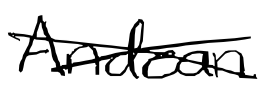
Text: Andean
Cross-out: cross
Writing tool: digital_black